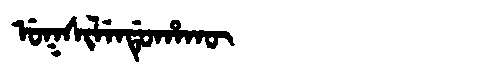
Manchu: ᡠᡴᠰᡳᠯᡝᠨᡩᡠᡥᠠᡴᡡ
Romanization: UKSILENDUHAKŪ